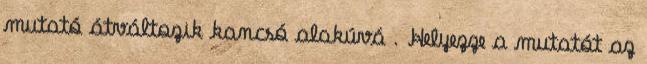
mutató átváltozik kancsó alakúvá . Helyezze a mutatót az